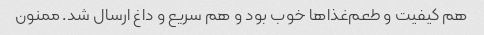
هم کیفیت و طعم‌غذا‌ها خوب بود و هم سریع و داغ ارسال شد. ممنون